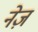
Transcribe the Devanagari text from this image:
नेज़